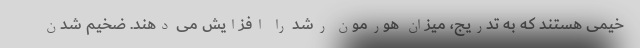
خیمی هستند که به تدریج، میزان هورمون رشد را افزایش می دهند. ضخیم شدن